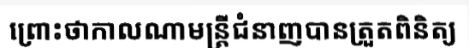
ព្រោះថាកាលណាមន្ត្រីជំនាញបានត្រួតពិនិត្យ